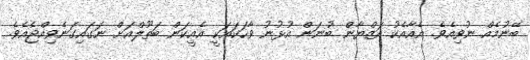
ބޭނުމެއް ނުވިއެވެ. އެއާއެކު އަޒްޔާން ބުނަން އުޅުނު ވާހަކައަކީ އެއީކަން ބަތޫލްއަށް ނަގައިގަނެވިއްޖެއެވެ.